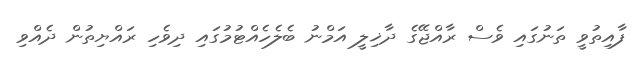
ފާއިތުވީ ތަނުގައި ވެސް ރާއްޖޭގެ ދާޚިލީ އަމްނު ބެލެހެއްޓުމުގައި ދިވެހި ރައްޔިތުން ދެއްވި